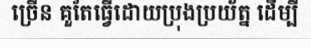
ច្រើន គួតែធ្វើដោយប្រុងប្រយ័ត្ន ដើម្បី